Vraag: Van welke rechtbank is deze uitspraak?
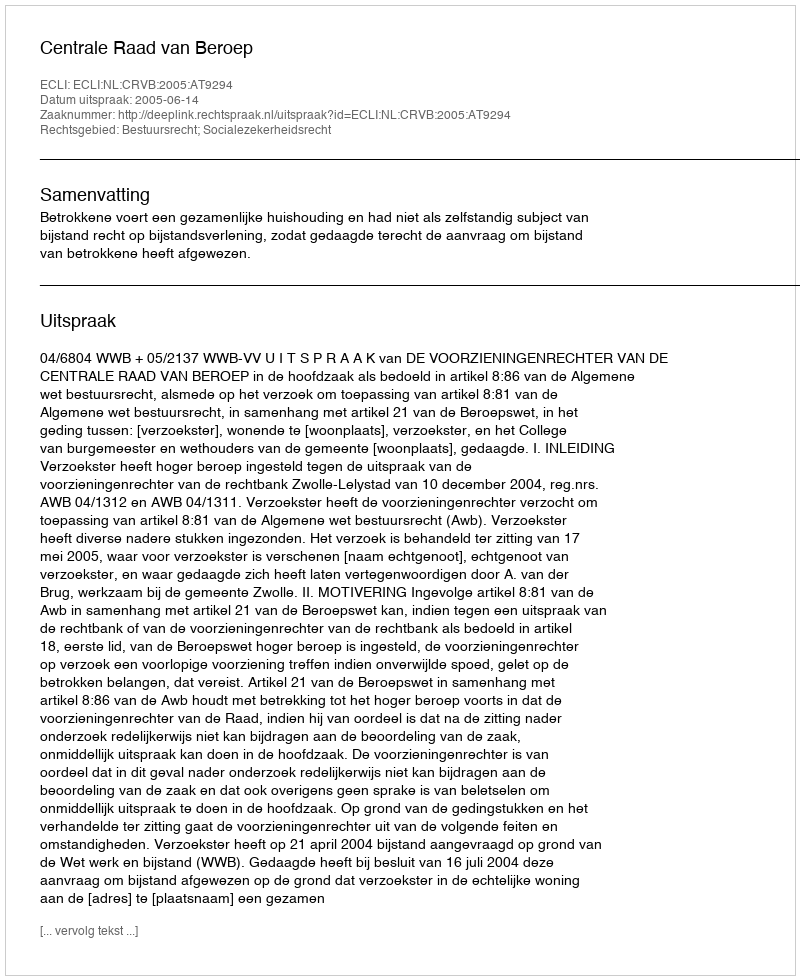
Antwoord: Centrale Raad van Beroep